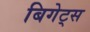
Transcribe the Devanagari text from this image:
बिगेट्स